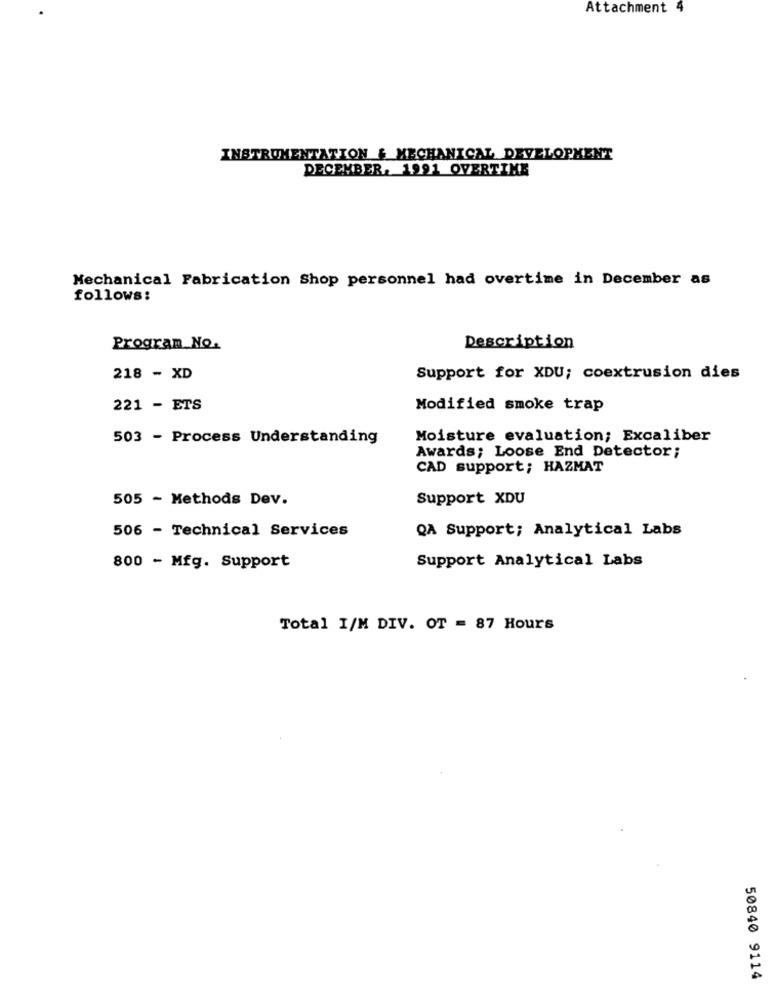
Attachment
INSTRUMENTATION & MECHANICAL DEVELOPMENT
DECEMBER, 1991 OVERTIME
Mechanical Fabrication Shop personnel had overtime in December as
follows:
Program_No.
Description
218 - XD
Support for XDU; coextrusion dies
221 - ETS
Modified smoke trap
503 - Process Understanding
Moisture evaluation; Excaliber
Awards; Loose End Detector;
CAD support; HAZMAT
505 - Methods Dev.
Support XDU
506 - Technical Services
QA Support; Analytical Labs
800 - Mfg. Support
Support Analytical Labs
Total I/M DIV. OT = 87 Hours
50840 9114